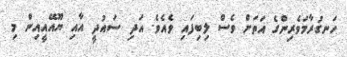
ހަނގުރާމަވެރިންގެ އަތަށް ވެސް ލިބިފައި ވެއެވެ. އަދި ސައުދީ އާއި ޔޫއޭއީއިން މި